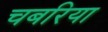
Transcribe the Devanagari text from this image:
चबरिया